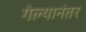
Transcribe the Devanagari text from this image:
गेल्‍यानंतर